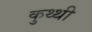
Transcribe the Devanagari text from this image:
कुथ्थी